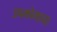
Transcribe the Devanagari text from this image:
उपभोगाचा